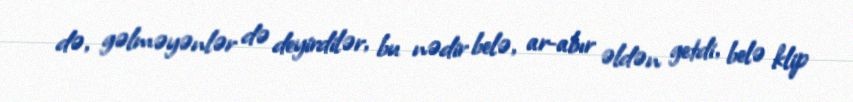
də, gəlməyənlər də deyirdilər, bu nədir belə, ar-abır əldən getdi, belə klip